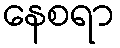
နေစရာ